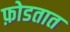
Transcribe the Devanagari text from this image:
फ़ोडतात